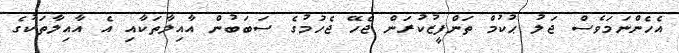
އެހެންނަމަވެސް ޖަލު ޙުކުމް ތަންފީޒުކުރަން ޖެހޭ ޖެހުމުގެ ސަބަބުން އާއިލާތަކާއި އެ އާއިލާތަކުގެ